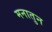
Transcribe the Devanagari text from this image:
मनातुन